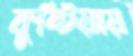
কুষ্টিয়ায়